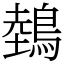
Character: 鵱